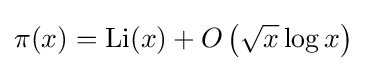
\pi (x)=\operatorname {Li} (x)+O\left({\sqrt {x}}\log x\right)